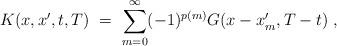
LaTeX: \begin{align*}K(x,x',t,T) \ = \ \sum_{m=0}^\infty (-1)^{p(m)}G(x-x'_m,T-t) \ ,\end{align*}